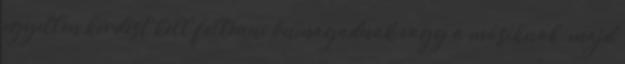
egyetlen kérdést kell feltenni önmagadnak vagy a másiknak, majd